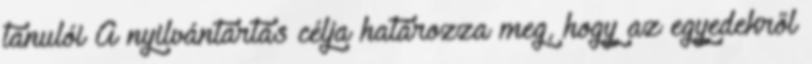
tanulói A nyilvántartás célja határozza meg, hogy az egyedekről